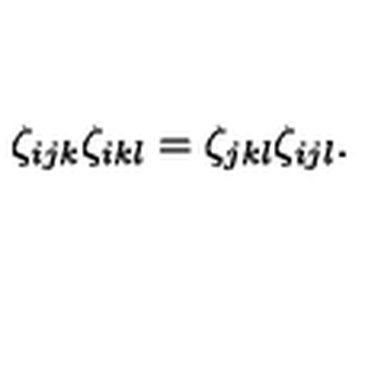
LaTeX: \zeta _ { i j k } \zeta _ { i k l } = \zeta _ { j k l } \zeta _ { i j l } .